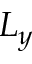
L _ { y }